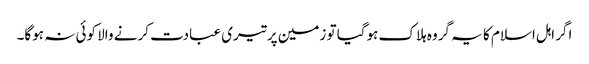
اگر اہل اسلام کا یہ گروہ ہلاک ہوگیا تو زمین پر تیری عبادت کرنے والا کوئی نہ ہوگا۔